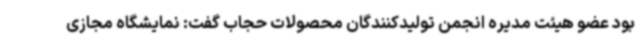
بود عضو هیئت مدیره انجمن تولیدکنندگان محصولات حجاب گفت: نمایشگاه مجازی